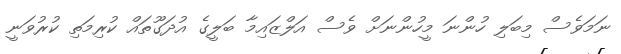
ނަމަވެސް މިބަލި ހުންނަ މީހުންނަށް ވެސް އަލްޒައިމާ ބަލީގެ އުދަގޫތައް ކުރިމަތި ކުރުވަނީ